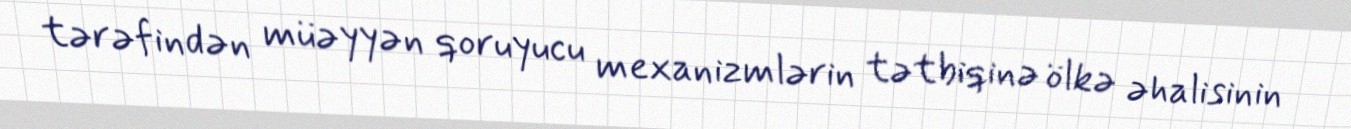
tərəfindən müəyyən qoruyucu mexanizmlərin tətbiqinə ölkə əhalisinin